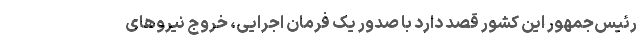
رئیس‌جمهور این کشور قصد دارد با صدور یک فرمان اجرایی، خروج نیروهای